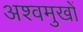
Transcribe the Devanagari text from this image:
अश्वमुखों